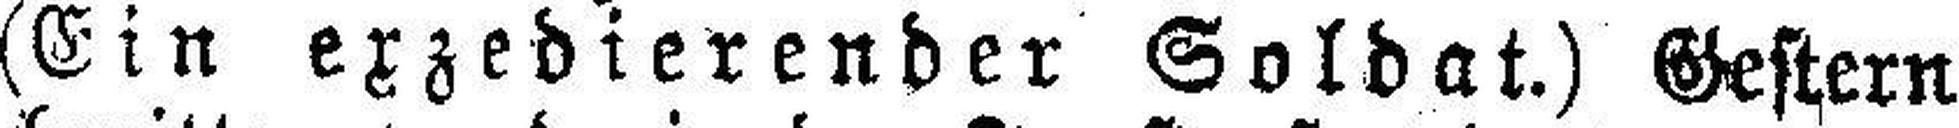
(Ein exzedierender Soldat.) Gestern